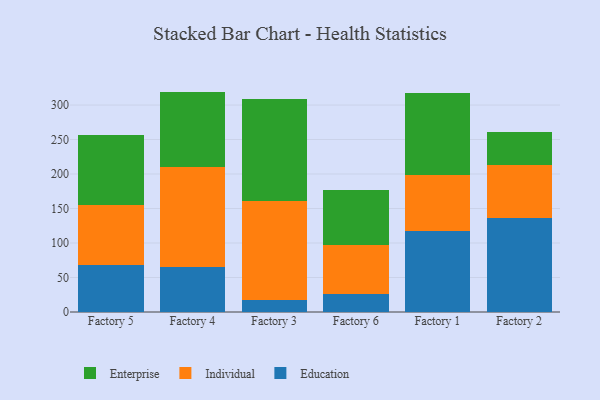
{"axis": {"x": "Factory", "y": "Latency (ms)"}, "legend": ["Education", "Enterprise", "Individual"], "data": [{"x": "Factory 5", "y": 68.1, "type": "Education"}, {"x": "Factory 5", "y": 87.5, "type": "Individual"}, {"x": "Factory 5", "y": 100.3, "type": "Enterprise"}, {"x": "Factory 4", "y": 64.7, "type": "Education"}, {"x": "Factory 4", "y": 144.8, "type": "Individual"}, {"x": "Factory 4", "y": 110.0, "type": "Enterprise"}, {"x": "Factory 3", "y": 17.0, "type": "Education"}, {"x": "Factory 3", "y": 143.5, "type": "Individual"}, {"x": "Factory 3", "y": 147.7, "type": "Enterprise"}, {"x": "Factory 6", "y": 26.3, "type": "Education"}, {"x": "Factory 6", "y": 71.2, "type": "Individual"}, {"x": "Factory 6", "y": 78.8, "type": "Enterprise"}, {"x": "Factory 1", "y": 117.2, "type": "Education"}, {"x": "Factory 1", "y": 80.9, "type": "Individual"}, {"x": "Factory 1", "y": 118.9, "type": "Enterprise"}, {"x": "Factory 2", "y": 136.1, "type": "Education"}, {"x": "Factory 2", "y": 77.2, "type": "Individual"}, {"x": "Factory 2", "y": 47.7, "type": "Enterprise"}]}